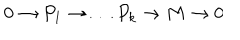
LaTeX: 0 \to P _ { 1 } \to \dots P _ { k } \to M \to 0